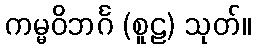
ကမ္မဝိဘင်္ဂ (စူဠ) သုတ်။